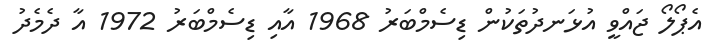
އެޕޯލޯ ޖައްވީ އުޅަނދުތަކުން ޑިސެމްބަރު 1968 އާއި ޑިސެމްބަރު 1972 އާ ދެމެދު